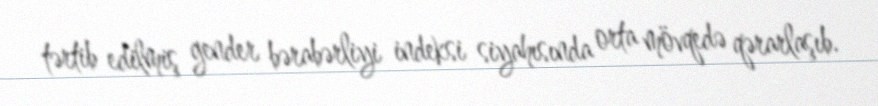
tərtib edilmiş gender bərabərliyi indeksi siyahısında orta mövqedə qərarlaşıb.